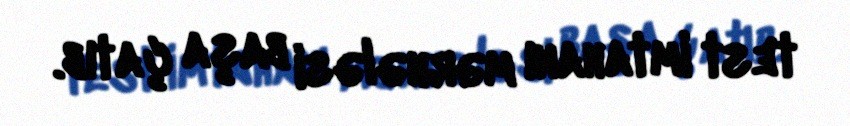
test imtahanı mərhələsi başa çatıb.